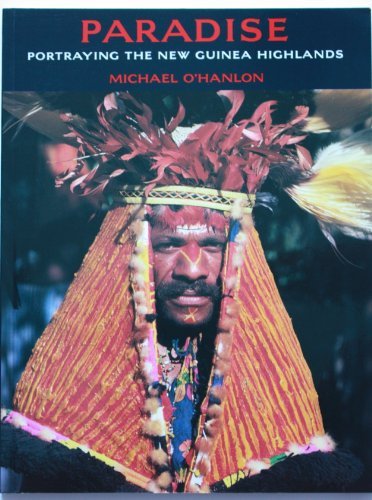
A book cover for Paradise: Portraying the New Guinea Highlands; Michael O'Hanlon; History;